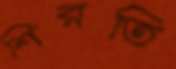
শিরতি